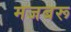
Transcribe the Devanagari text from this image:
मजबरू